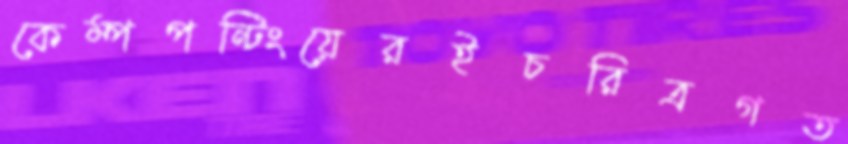
কেম্পপন্টিংয়েরইচরিত্রগত